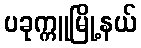
ပခုက္ကူမြို့နယ်